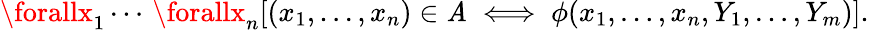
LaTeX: \forallx_{1}\cdots\, \forallx_{n}[(x_{1},\ldots,x_{n})\in\mathit{A}\iff\phi(x_{1},\ldots,x_{n},Y_{1},\ldots,Y_{m})].